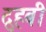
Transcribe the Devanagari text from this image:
दुहबी